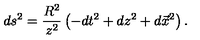
d s ^ { 2 } = \frac { R ^ { 2 } } { z ^ { 2 } } \left( - d t ^ { 2 } + d z ^ { 2 } + d \vec { x } ^ { 2 } \right) .